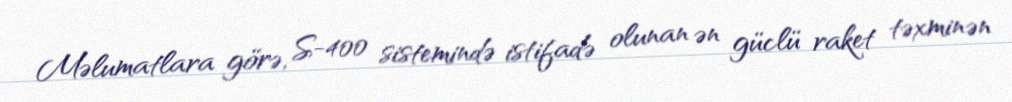
Məlumatlara görə, S-400 sistemində istifadə olunan ən güclü raket təxminən